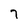
Character: 7